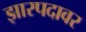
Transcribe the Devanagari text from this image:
झारपदावर